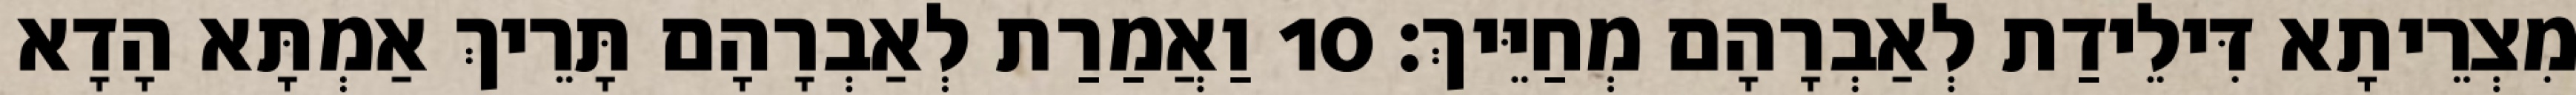
מִצְרֵיתָא דִּילֵידַת לְאַבְרָהָם מְחַיֵּיךְ׃ 10 וַאֲמַרַת לְאַבְרָהָם תָּרֵיךְ אַמְתָּא הָדָא